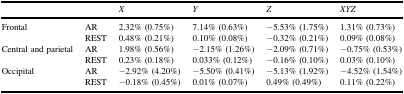
|  |  | X | Y | Z | XYZ |
 | --- | --- | --- | --- | --- | --- |
 | Frontal | AR | 2.32% (0.75%) | 7.14% (0.63%) | −5.53% (1.75%) | 1.31% (0.73%) |
 |  | REST | 0.48% (0.21%) | 0.10% (0.08%) | −0.32% (0.21%) | 0.09% (0.08%) |
 | Central and parietal | AR | 1.98% (0.56%) | −2.15% (1.26%) | −2.09% (0.71%) | −0.75% (0.53%) |
 |  | REST | 0.23% (0.18%) | 0.033% (0.12%) | −0.16% (0.10%) | 0.03% (0.10%) |
 | Occipital | AR | −2.92% (4.20%) | −5.50% (0.41%) | −5.13% (1.92%) | −4.52% (1.54%) |
 |  | REST | −0.18% (0.45%) | 0.01% (0.07%) | 0.49% (0.49%) | 0.11% (0.22%) |